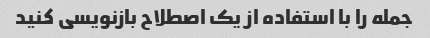
جمله را با استفاده از یک اصطلاح بازنویسی کنید